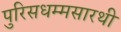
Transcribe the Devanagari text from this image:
पुरिसधम्मसारथी